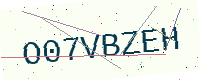
Text: O07VBZEH